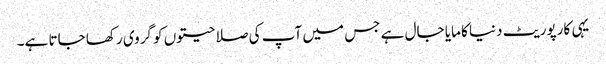
یہی کارپوریٹ دنیا کا مایا جال ہے جس میں آپ کی صلاحیتوں کو گروی رکھا جاتا ہے۔